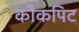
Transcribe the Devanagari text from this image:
कौकपिट